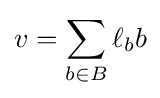
v=\sum _{b\in B}\ell _{b}b